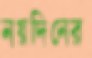
নয়দিনের